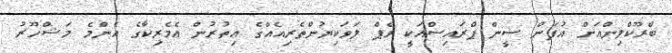
ބްރޫކްލިންއަށް އުފަން ސީން ޕްރައިސްއަކީ ރެޕް ލަވަކިޔުންތެރިއެއްގެ އިތުރުން އެމެރިކާގެ އެންމެ މަޝްހޫރު